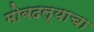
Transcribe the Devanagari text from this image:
मोबदल्याचा